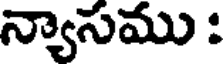
న్యాసము :